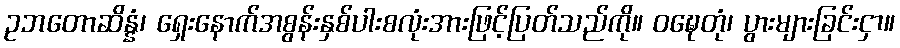
ဥဘတောဆိန္နံ၊ ရှေးနောက်အစွန်းနှစ်ပါးစလုံးအားဖြင့်ပြတ်သည်ကို။ ဝဍ္ဎေတုံ၊ ပွားများခြင်းငှာ။